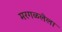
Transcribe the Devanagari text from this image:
मरगळलेला